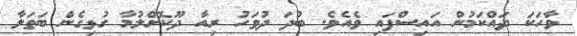
ވާހަކަ ދައްކަމުން އައިސްފައި ވެއެވެ. ބުދަ ދުވަހު ރިއާ ދޫކޮށްލުމާ ގުޅިގެން ބަތަލާ